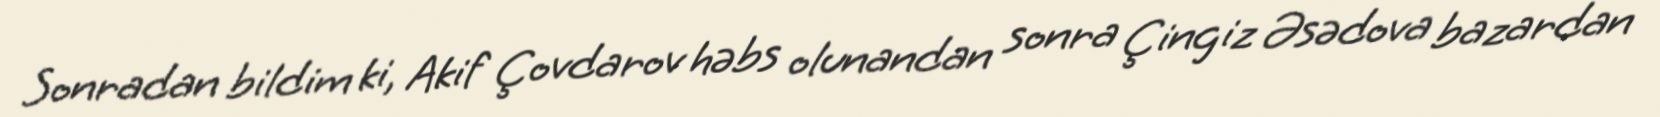
Sonradan bildim ki, Akif Çovdarov həbs olunandan sonra Çingiz Əsədova bazardan